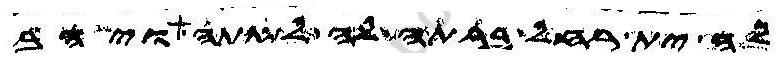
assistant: לה ית רחל ברתה לה לאתה ויהב